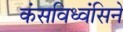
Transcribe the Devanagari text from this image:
कंसविध्वंसिने